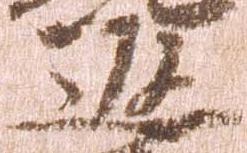
返